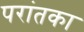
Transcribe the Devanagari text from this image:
परांतका